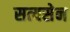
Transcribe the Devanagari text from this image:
सत्यसेन